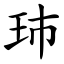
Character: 㺻